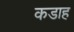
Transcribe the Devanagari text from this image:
कडाह